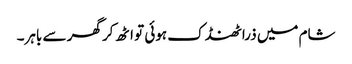
شام میں ذرا ٹھنڈک ہوئی تو اٹھ کر گھر سے باہر۔